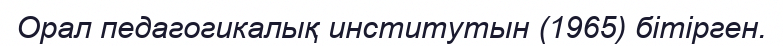
Орал педагогикалық институтын (1965) бітірген.